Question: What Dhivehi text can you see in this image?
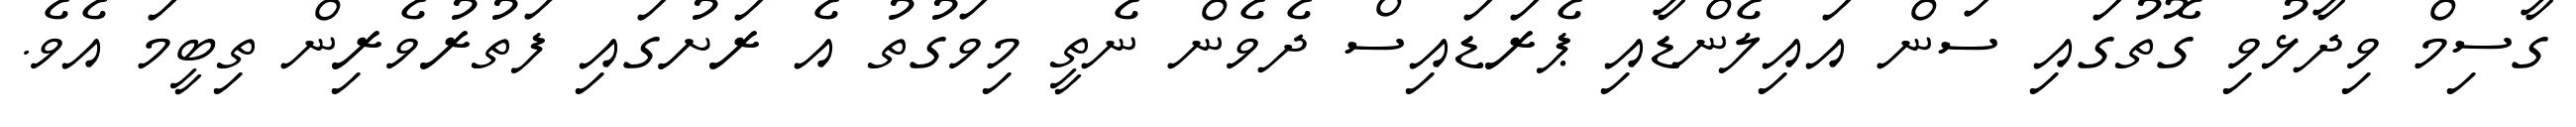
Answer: ގާސިމް ވިދާޅުވި ގޮތުގައި ސަން އައިލެންޑާއި ޕެރަޑައިސް ދެވެން ނެތީ މިވަގުތު އެ ރަށުގައި ފަތުރުވެރިން ތިބީމަ އެވެ.